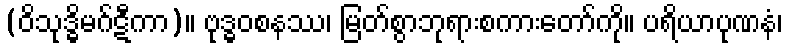
(ဝိသုဒ္ဓိမဂ်ဋီကာ)။ ဗုဒ္ဓဝစနဿ၊ မြတ်စွာဘုရားစကားတော်ကို။ ပရိယာပုဏနံ၊